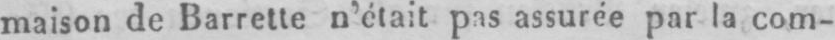
maison de Barretle n’était pas assurée par la com-